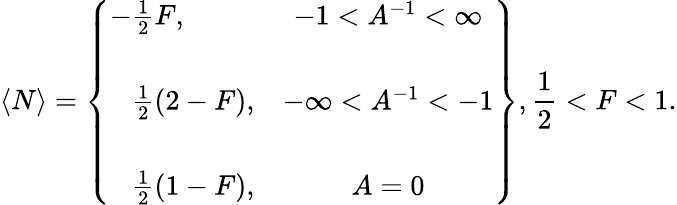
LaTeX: \langle N\rangle=\left\{ \begin{array}{lc}{{-\frac{1}{2}F,}}&{{-1<A^{-1}<\infty}}\\ {{}}&{{}}\\ {{\hphantom{-}\frac{1}{2}(2-F),}}&{{-\infty<A^{-1}<-1}}\\ {{}}&{{}}\\ {{\hphantom{-}\frac{1}{2}(1-F),}}&{{A=0}}\end{array}\right\} ,\frac{1}{2}<F<1.